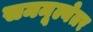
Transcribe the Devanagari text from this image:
सममूल्येतर